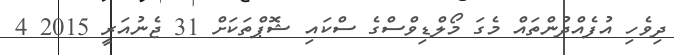
ދިވެހި އުފެއްދުންތައް މެގަ މޯލްޑިވްސްގެ ސްކައި ޝޮޕްތަކަށް 31 ޖެނުއަރީ 2015 4